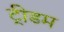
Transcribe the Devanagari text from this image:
ट्रीडम